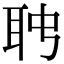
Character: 𦕊